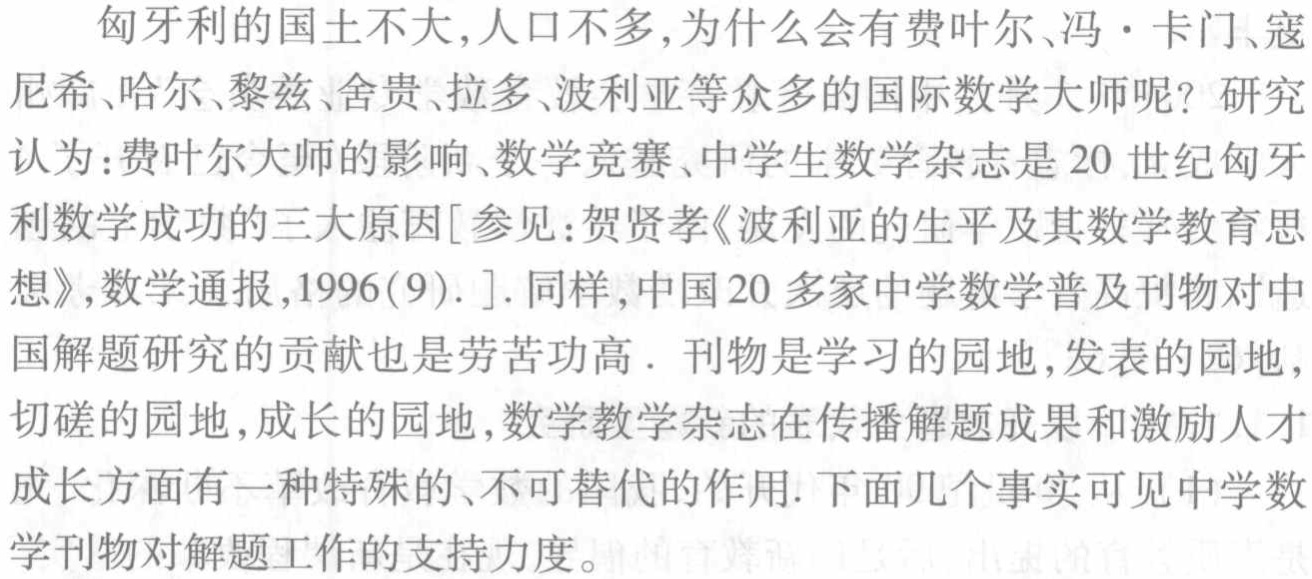
匈牙利的国土不大,人口不多,为什么会有费叶尔、冯·卡门、寇尼希、哈尔、黎兹、舍贵、拉多、波利亚等众多的国际数学大师呢？研究认为：费叶尔大师的影响、数学竞赛、中学生数学杂志是20世纪匈牙利数学成功的三大原因[参见：贺贤孝《波利亚的生平及其数学教育思想》,数学通报,1996(9).]. 同样,中国20多家中学数学普及刊物对中国解题研究的贡献也是劳苦功高．刊物是学习的园地,发表的园地,切磋的园地,成长的园地,数学教学杂志在传播解题成果和激励人才成长方面有一种特殊的、不可替代的作用. 下面几个事实可见中学数学刊物对解题工作的支持力度。